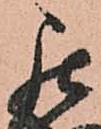
罷